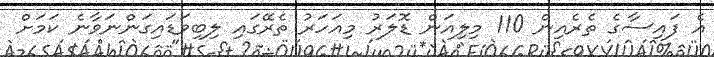
އެ ފައިސާގެ ތެރެއިން 110 މިލިއަން ޑޮލަރު މިއަހަރު ތެރޭގައި ލިބިވަޑައިގަންނަވާނެ ކަމަށް